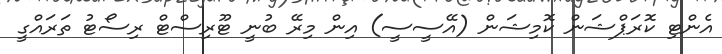
އެންޓި ކޮރަޕްޝަން ކޮމިޝަން (އޭސީސީ) އިން މިރޭ ބުނީ ޓޫރިސްޓް ރިސޯޓު ތަރައްގީ